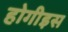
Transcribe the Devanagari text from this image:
होगीइस